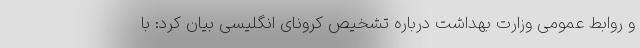
و روابط عمومی وزارت بهداشت درباره تشخیص کرونای انگلیسی بیان کرد: با